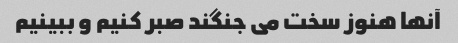
آنها هنوز سخت می جنگند صبر کنیم و ببینیم